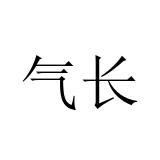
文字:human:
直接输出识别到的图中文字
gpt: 气长